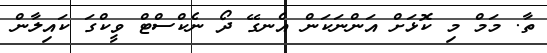
ތާ. މަމް މި ކޮޅަށް އަންނަކަން އެނގޭ ދޯ ނެކްސްޓް ވީކްގަ ކައިލާން